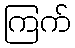
ကြက်